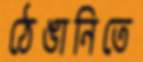
ঠেঙানিতে